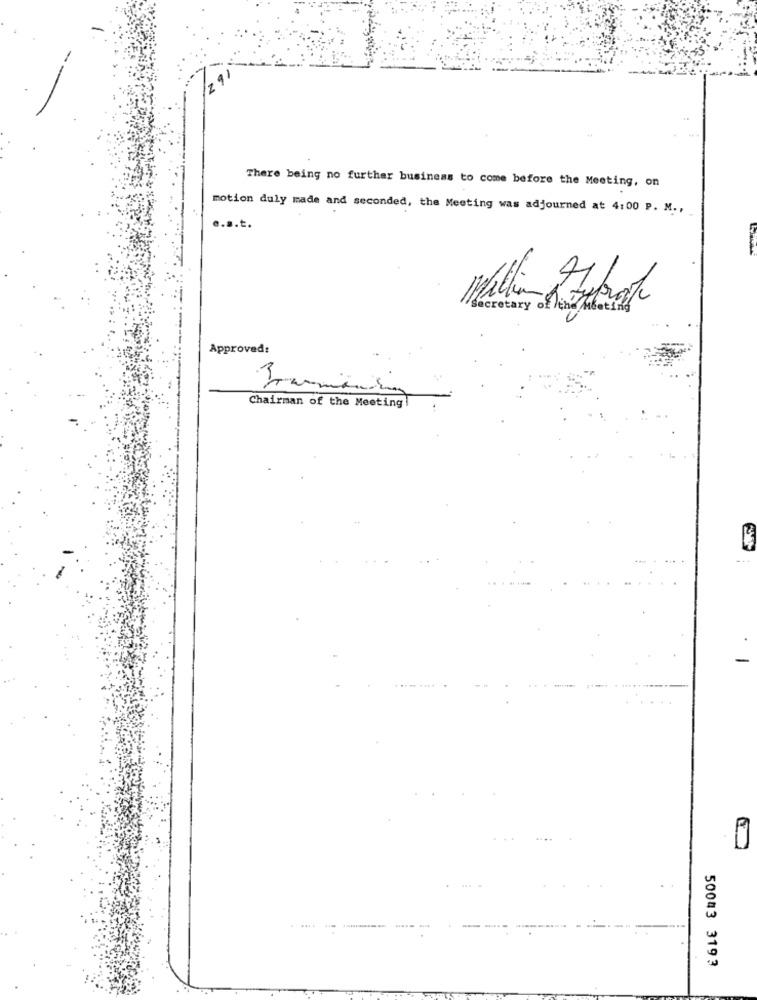
There being no further business to come before the Meeting, on
motion duly made and seconded, the Meeting was adjourned at 4:00 P. M .,
e.s.t.
Secretary of the meeting
Approved:
Chairman of the Meeting
----------- -
50043 3193